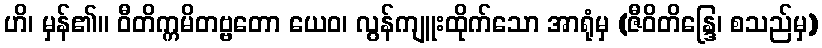
ဟိ၊ မှန်၏။ ဝီတိက္ကမိတဗ္ဗတော ယေဝ၊ လွန်ကျူးထိုက်သော အာရုံမှ (ဇီဝိတိန္ဒြေ၊ စသည်မှ)